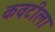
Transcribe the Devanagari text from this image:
कवटीला